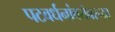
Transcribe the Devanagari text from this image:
पटवर्धनांबरोबरच्या